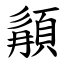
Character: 䫇